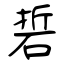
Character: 硩